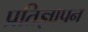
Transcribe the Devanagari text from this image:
प्रतिज्ञापन